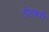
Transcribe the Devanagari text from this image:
तोडकरी